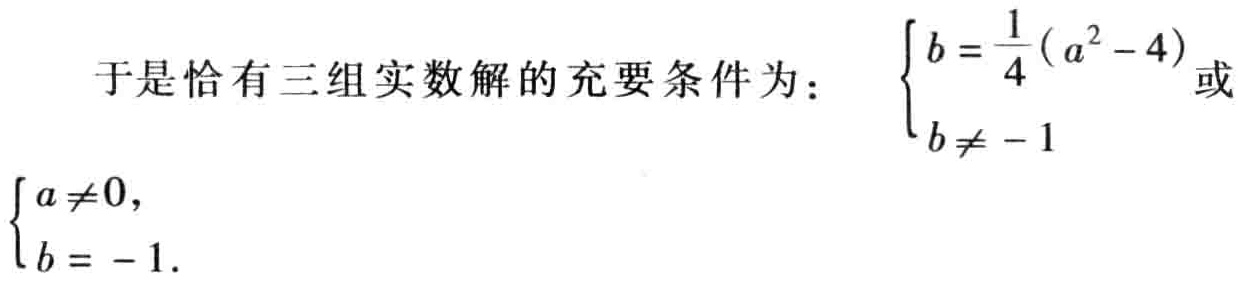
于是恰有三组实数解的充要条件为：
\(\begin{cases}b = \dfrac{1}{4}(a^{2}-4) \\ b\neq - 1\end{cases}\)或\(\begin{cases}a\neq0, \\ b = - 1.\end{cases}\)